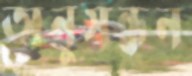
অনুসন্ধন